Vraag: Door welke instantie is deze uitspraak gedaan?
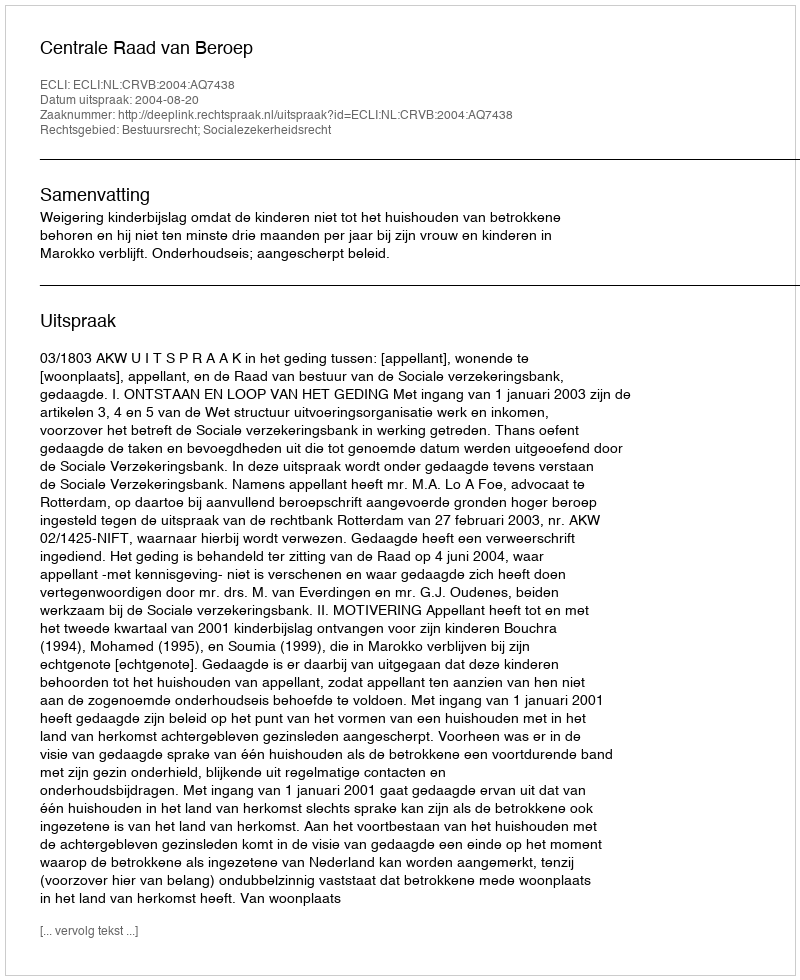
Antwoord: Centrale Raad van Beroep